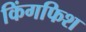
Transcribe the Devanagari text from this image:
किंगफिश